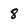
Character: 8